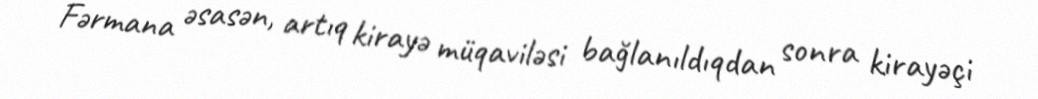
Fərmana əsasən, artıq kirayə müqaviləsi bağlanıldıqdan sonra kirayəçi